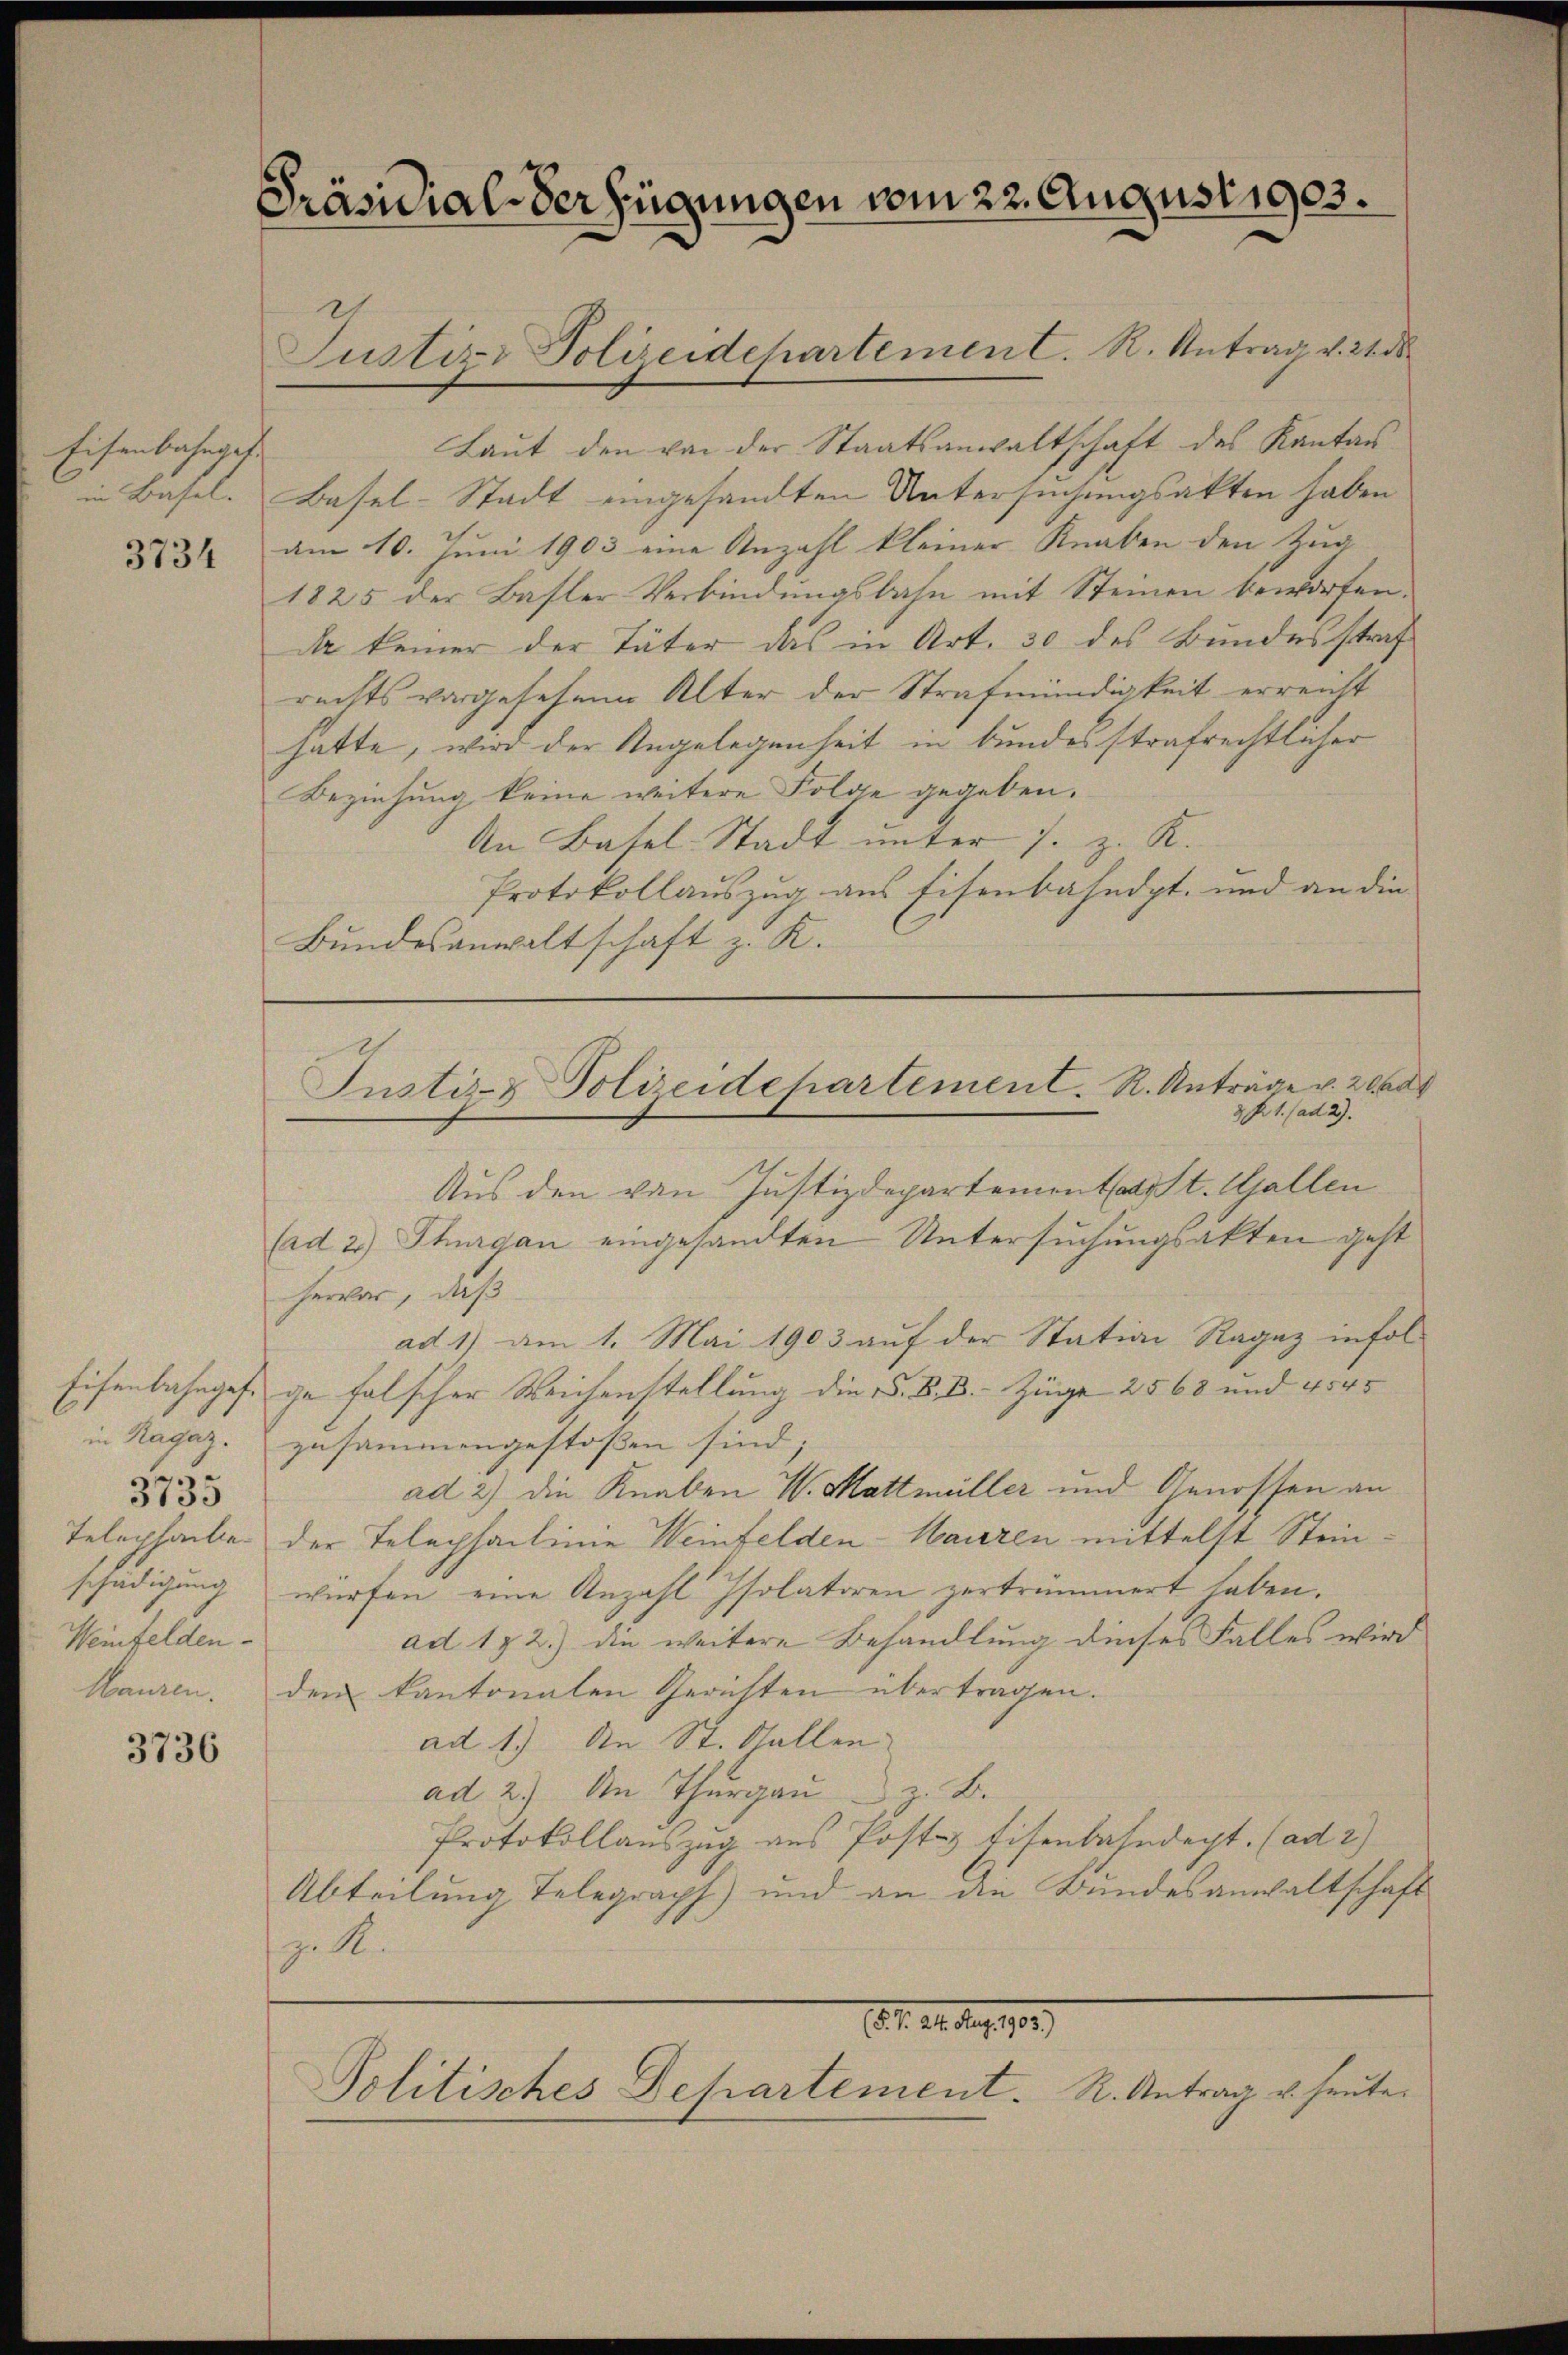
Eisenbahngef
in Basel.

3734

in Ragaz.
schädigung
Weinfelden.
Mauren.

3735

3736

Präsidial-Verfügungen vom 22. August 1903.

Laut den von der Staatsanwaltschaft des Kantons
Basel-Stadt eingesandten Untersuchungsakten haben
am 10. Juni 1903 eine Anzahl kleiner Knaben den Zug
1825 der Basler Verbindungsbahn mit Steinen beworfen.
da keiner der Täter das in Art. 30 des Bundesstraf
rechts vorgesehene Alter der Strafmündigkeit erreicht
hatte, wird der Angelegenheit in bundesstrafrechtlicher
Beziehung keine weitere Folge gegeben.
An Basel-Stadt unter J. z. R.
Protokollauszug aus Eisenbahndpt. und an die
Bundesanwaltschaft z. K.

Justiz- Polizeidepartement. R. Antrag v. 21 d

Justiz- & Polizeidepartement. R. Anträge v. 20000
3 R. 1. (ad 29.

1. f. 21. Aug. 1789.
Politisches Departement. R. Antrag u. heute.

Aus den von Justizdepartementatist. Gallen
(ad 2) Thurgau eingesandten Untersuchungsakten geht
hervor, daß
ad 1) am 1. Mai 1903 auf der Station Ragaz infol-
Eisenbahngese ge falscher Weichenstellung die S. B. B. Züge 2568 und 4545
zusammengestoßen sind.
ad 2) die Knaben W. Mattmüller und Genossen an
Telephabe der Telephaclinie Weinfelden-Mauren mittelst Steinwürfen, eine Anzahl Isolatoren zertrümmert haben.
ad 1. 2.) die weitere Behandlung dieses Falles wird
den kantonalen Gerichten übertragen.
ad 1.) An St. Gallen
ad 2.) An Thurgau z. B.
Protokollauszug aus Posts Eisenbahndept. (ad 2)
Abteilung Telegraph) und an die Bundesanwaltschaft
z. R.